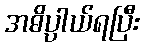
အဓိပ္ပာယ်ရပြီး